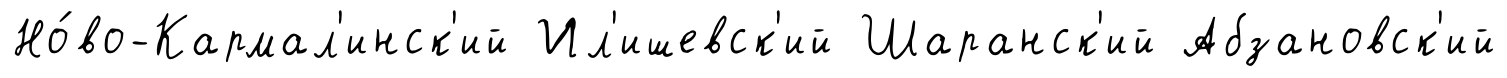
Но́во-Кармал'инск'ий Ил'ишевск'ий Шаранск'ий Абзановск'ий